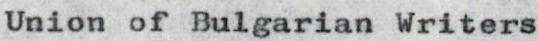
Union of Bulgarian Writers